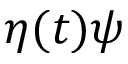
\eta ( t ) \psi